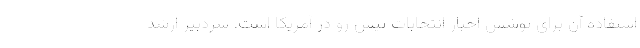
استفاده آن برای پوشش اخبار انتخابات پیش رو در آمریکا است. سردبیر ارشد